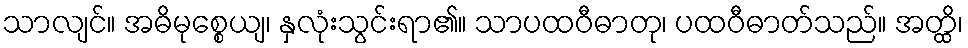
သာလျင်။ အဓိမုစ္စေယျ၊ နှလုံးသွင်းရာ၏။ သာပထဝီဓာတု၊ ပထဝီဓာတ်သည်။ အတ္ထိ၊